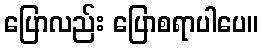
ပြောလည်း ပြောစရာပါပေ။